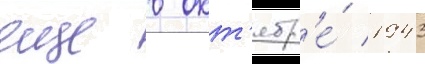
еще в окт'ябр'е́ 1943